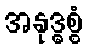
အနုဒ္ဓစ္စံ